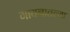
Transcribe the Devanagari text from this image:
गायनातल्या